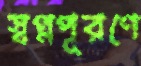
স্বপ্নপূরণে